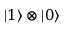
\lvert 1 \rangle \otimes \lvert 0 \rangle